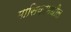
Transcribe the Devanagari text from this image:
मासिकामधील